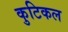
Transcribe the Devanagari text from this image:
कुटिकल